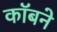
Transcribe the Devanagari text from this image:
कॉबने